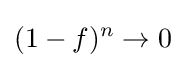
(1-f)^{n}\to 0